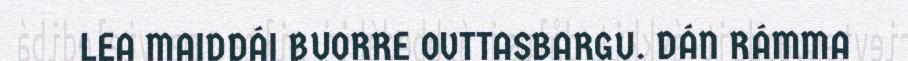
LEA MAIDDÁI BUORRE OVTTASBARGU. DÁN RÁMMA